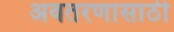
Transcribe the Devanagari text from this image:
अवतरणासाठी